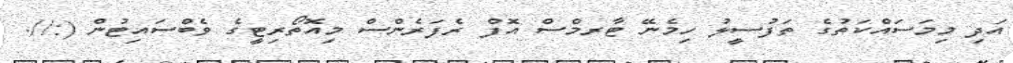
އަދި މިމަސައްކަތުގެ ތަފުސީލު ހިމެނޭ ޓާރމްސް އޮފް ރެފަރެންސް މިއޮތޯރިޓީގެ ވެބްސައިޓުން (://.